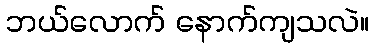
ဘယ်လောက် နောက်ကျသလဲ။